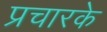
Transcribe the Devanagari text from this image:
प्रचारके